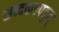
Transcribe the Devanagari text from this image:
शब्दकल्पद्रुम्